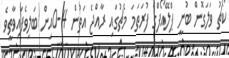
ކޯޗު ވަލަގޮން ބުނީ ޕްލޭއޯފްގެ ފުރަތަމަ މެޗުގައި ރާއްޖެ އަތުން 4-0އިން ބަލިވެފައިވާތީވެ